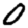
Digit: 0